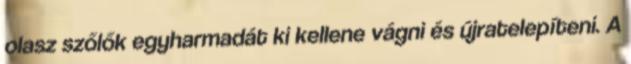
olasz szőlők egyharmadát ki kellene vágni és újratelepíteni. A